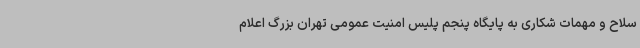
سلاح و مهمات شکاری به پایگاه پنجم پلیس امنیت عمومی تهران بزرگ اعلام